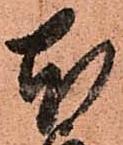
本